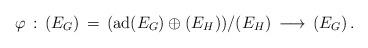
LaTeX: \begin{align*}\varphi\, :\, (E_G)\,=\, ({\rm ad}(E_G)\oplus (E_H))/(E_H)\,\longrightarrow\, (E_G)\, .\end{align*}